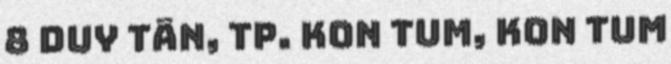
8 Duy Tân, Tp. Kon Tum, Kon Tum